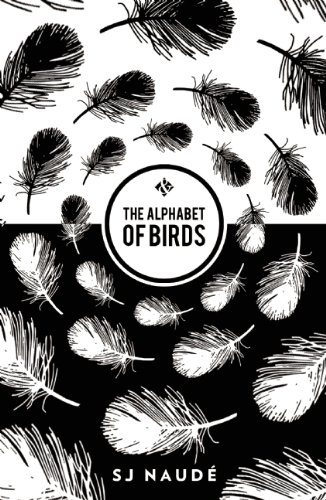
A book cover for The Alphabet of Birds; SJ NaudÃ©; Travel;